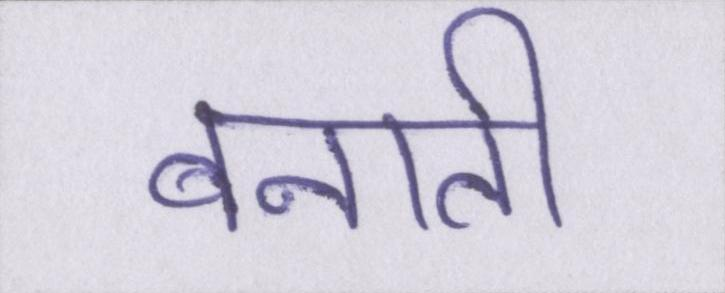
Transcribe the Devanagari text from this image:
बनाती